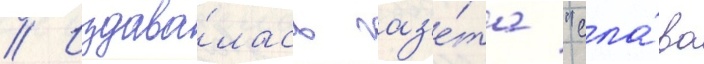
// Издава́лась газ'е́та "сла́ва